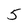
Character: 5